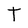
Character: T